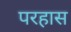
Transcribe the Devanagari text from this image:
परहास